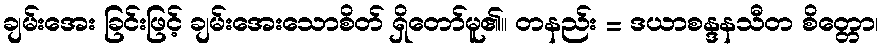
ချမ်းအေး ခြင်းဖြင့် ချမ်းအေးသောစိတ် ရှိတော်မူ၏။ တနည်း = ဒယာစန္ဒနသီတ စိတ္တော၊